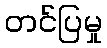
တင်ပြမှု